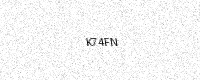
Text: K74FN